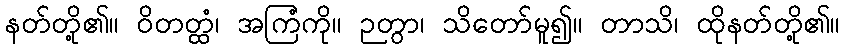
နတ်တို့၏။ ဝိတတ္ထံ၊ အကြံကို။ ဉတွာ၊ သိတော်မူ၍။ တာသိ၊ ထိုနတ်တို့၏။